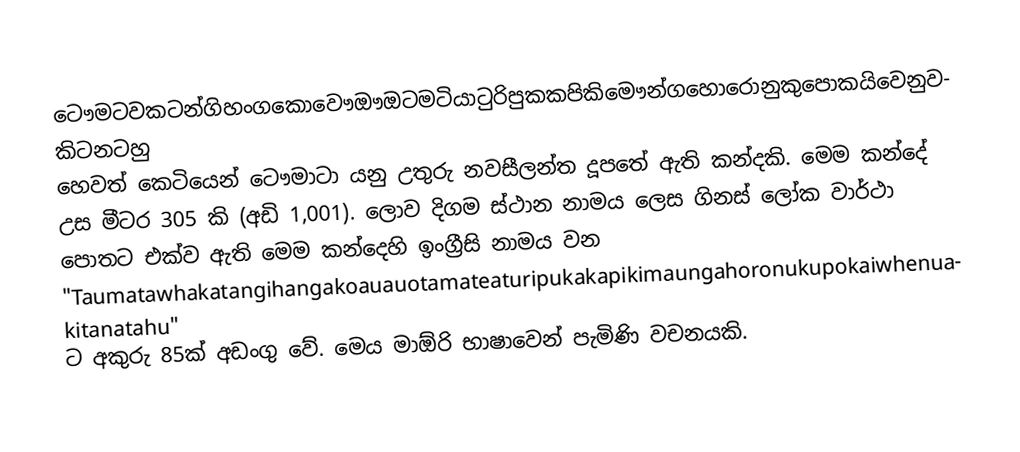
ටෞමටවකටන්ගිහංගකොවෞඖඔටමටියාටුරිපුකකපිකිමෞන්ගහොරොනුකුපොකයිවෙනුවකිටනටහු හෙවත් කෙටියෙන් ටෞමාටා යනු උතුරු නවසීලන්ත දූපතේ ඇති කන්දකි. මෙම කන්දේ උස මීටර 305 කි (අඩි 1,001). ලොව දිගම ස්ථාන නාමය ලෙස ගිනස් ලෝක වාර්ථා පොතට එක්ව ඇති මෙම කන්දෙහි ඉංග්‍රීසි නාමය වන "Taumatawhakatangihangakoauauotamateaturipukakapikimaungahoronukupokaiwhenuakitanatahu" ට අකුරු 85ක් අඩංගු වේ. මෙය මාඕරි භාෂාවෙන් පැමිණි වචනයකි.